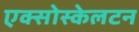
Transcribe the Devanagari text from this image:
एक्सोस्केलटन